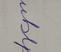
Signature authenticity: forged